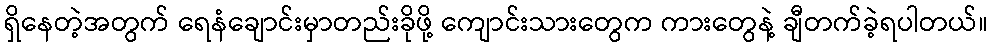
ရှိနေတဲ့အတွက် ရေနံချောင်းမှာတည်းခိုဖို့ ကျောင်းသားတွေက ကားတွေနဲ့ ချီတက်ခဲ့ရပါတယ်။